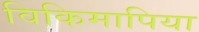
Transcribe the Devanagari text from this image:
विकिमापिया